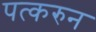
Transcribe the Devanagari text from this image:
पत्‍करुन